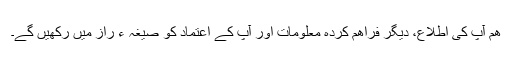
ھم آپ کی اطلاع، ديگر فراھم کردہ معلومات اور آپ کے اعتماد کو صيغہ ء راز ميں رکھيں گے۔